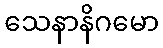
သေနာနိဂမော